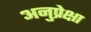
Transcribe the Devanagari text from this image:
अनुप्रेक्षा